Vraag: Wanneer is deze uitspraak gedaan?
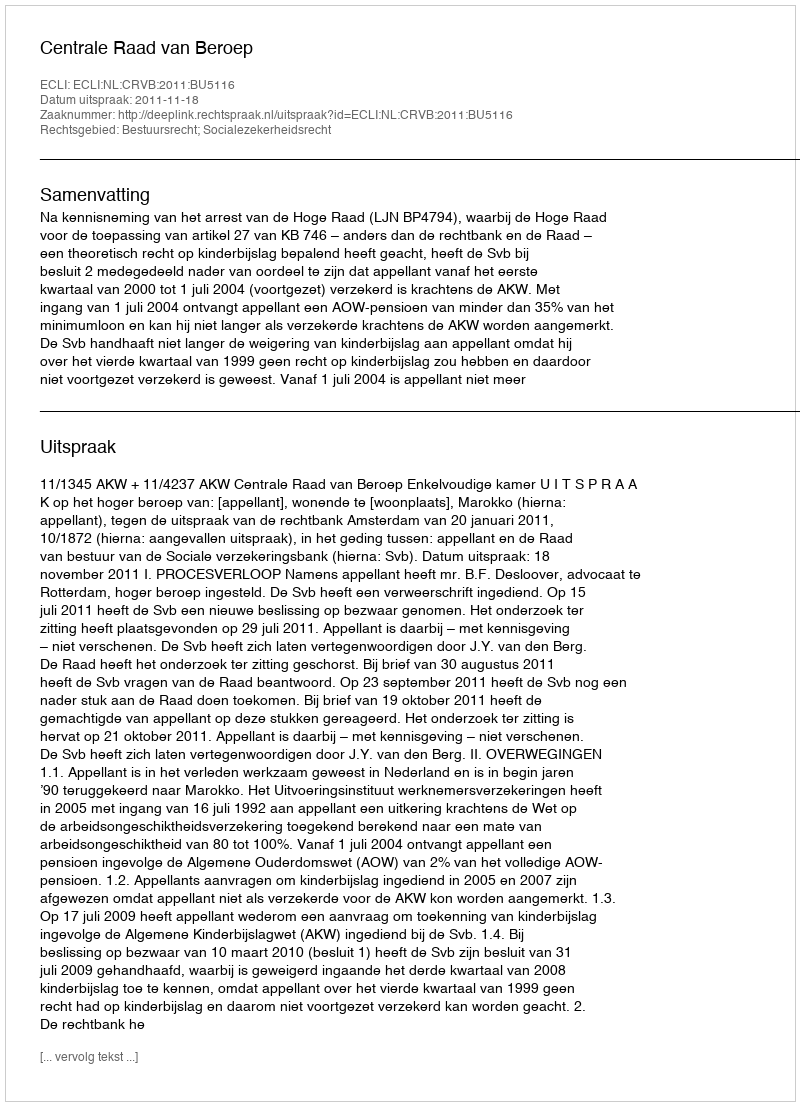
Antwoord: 2011-11-18